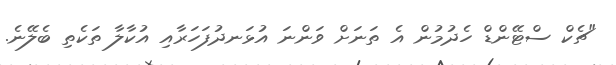
"ޗެކް ސްޓޭންޑް ހެދުމުން އެ ތަނަށް ވަންނަ އުޅަނދުފަހަރާއި އުކާލާ ތަކެތި ބެލޭނެ.